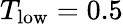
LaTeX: T_{\mathrm{low}}=0.5